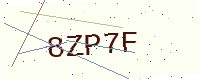
Text: 8ZP7F